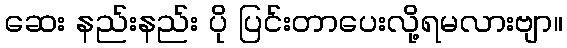
ဆေး နည်းနည်း ပို ပြင်းတာပေးလို့ရမလားဗျာ။